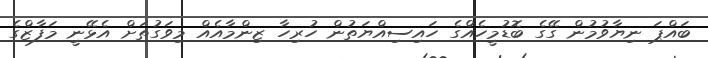
ބައްޕަ ނިޔާވުމުން ގޭގެ ބޮޑުމީހެއްގެ ހައިސިއްޔަތުން ހުރިހާ ޒިންމާއެއް މިވަގުތަށް އެޅޭނީ މަފާޒްގެ